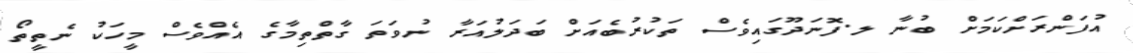
އުފަންރަށްކަމަށް ބުނާ ލ.ފޮނަދޫގައިވެސް ތަކުރުބެއަށް ބަދަލުއަރާ ނުވަތަ ގާތްތިމާގެ އެއްވެސް މީހަކު ނެތީތޯ